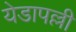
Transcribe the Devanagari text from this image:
येडापल्ली